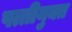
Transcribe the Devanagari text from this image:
पत्तीयुक्त